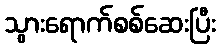
သွားရောက်စစ်ဆေးပြီး